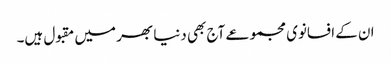
ان کے افسانوی مجموعے آج بھی دنیا بھر میں مقبول ہیں۔